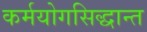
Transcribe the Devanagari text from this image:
कर्मयोगसिद्धान्त